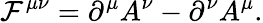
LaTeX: {\cal F}^{\mu\nu}=\partial^{\mu}A^{\nu}-\partial^{\nu}A^{\mu}.